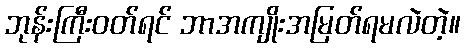
ဘုန်းကြီးဝတ်ရင် ဘာအကျိုးအမြတ်ရမလဲတဲ့။